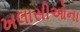
ખલાસીઓના